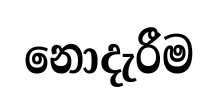
නොදැරීම